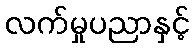
လက်မှုပညာနှင့်